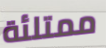
ممتلئة